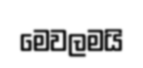
මෙවලමයි